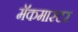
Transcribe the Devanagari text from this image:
मॅकमास्टर